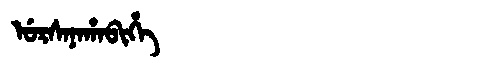
Manchu: ᡠᡵᠰᠠᠨᠠᡥᠠᠪᡳᡥᡝ
Romanization: URSANAHABIHE